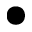
\bullet